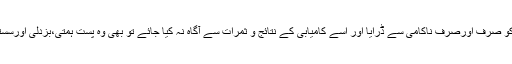
اسی طرح اگر انسان کو صرف اورصرف ناکامی سے ڈرایا اور اسے کامیابی کے نتائج و ثمرات سے آگاہ نہ کیا جائے تو بھی وہ پست ہمتی،بزدلی اورسستی کاشکار ہوجاتاہے۔